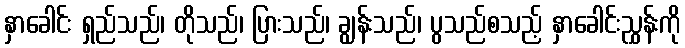
နှာခေါင်း ရှည်သည်၊ တိုသည်၊ ပြားသည်၊ ချွန်းသည်၊ ပွသည်စသည့် နှာခေါင်းညွှန်းကို